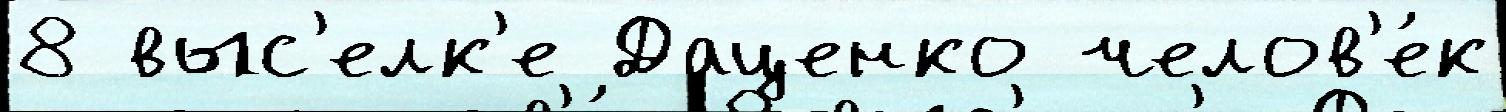
8 выс'елк'е Даценко челов'е́к